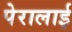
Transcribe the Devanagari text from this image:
पेरालाई